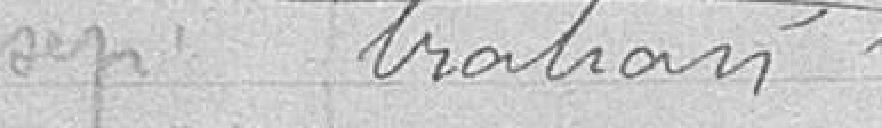
tration